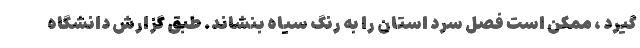
گیرد ، ممکن است فصل سرد استان را به رنگ سیاه بنشاند. طبق گزارش دانشگاه